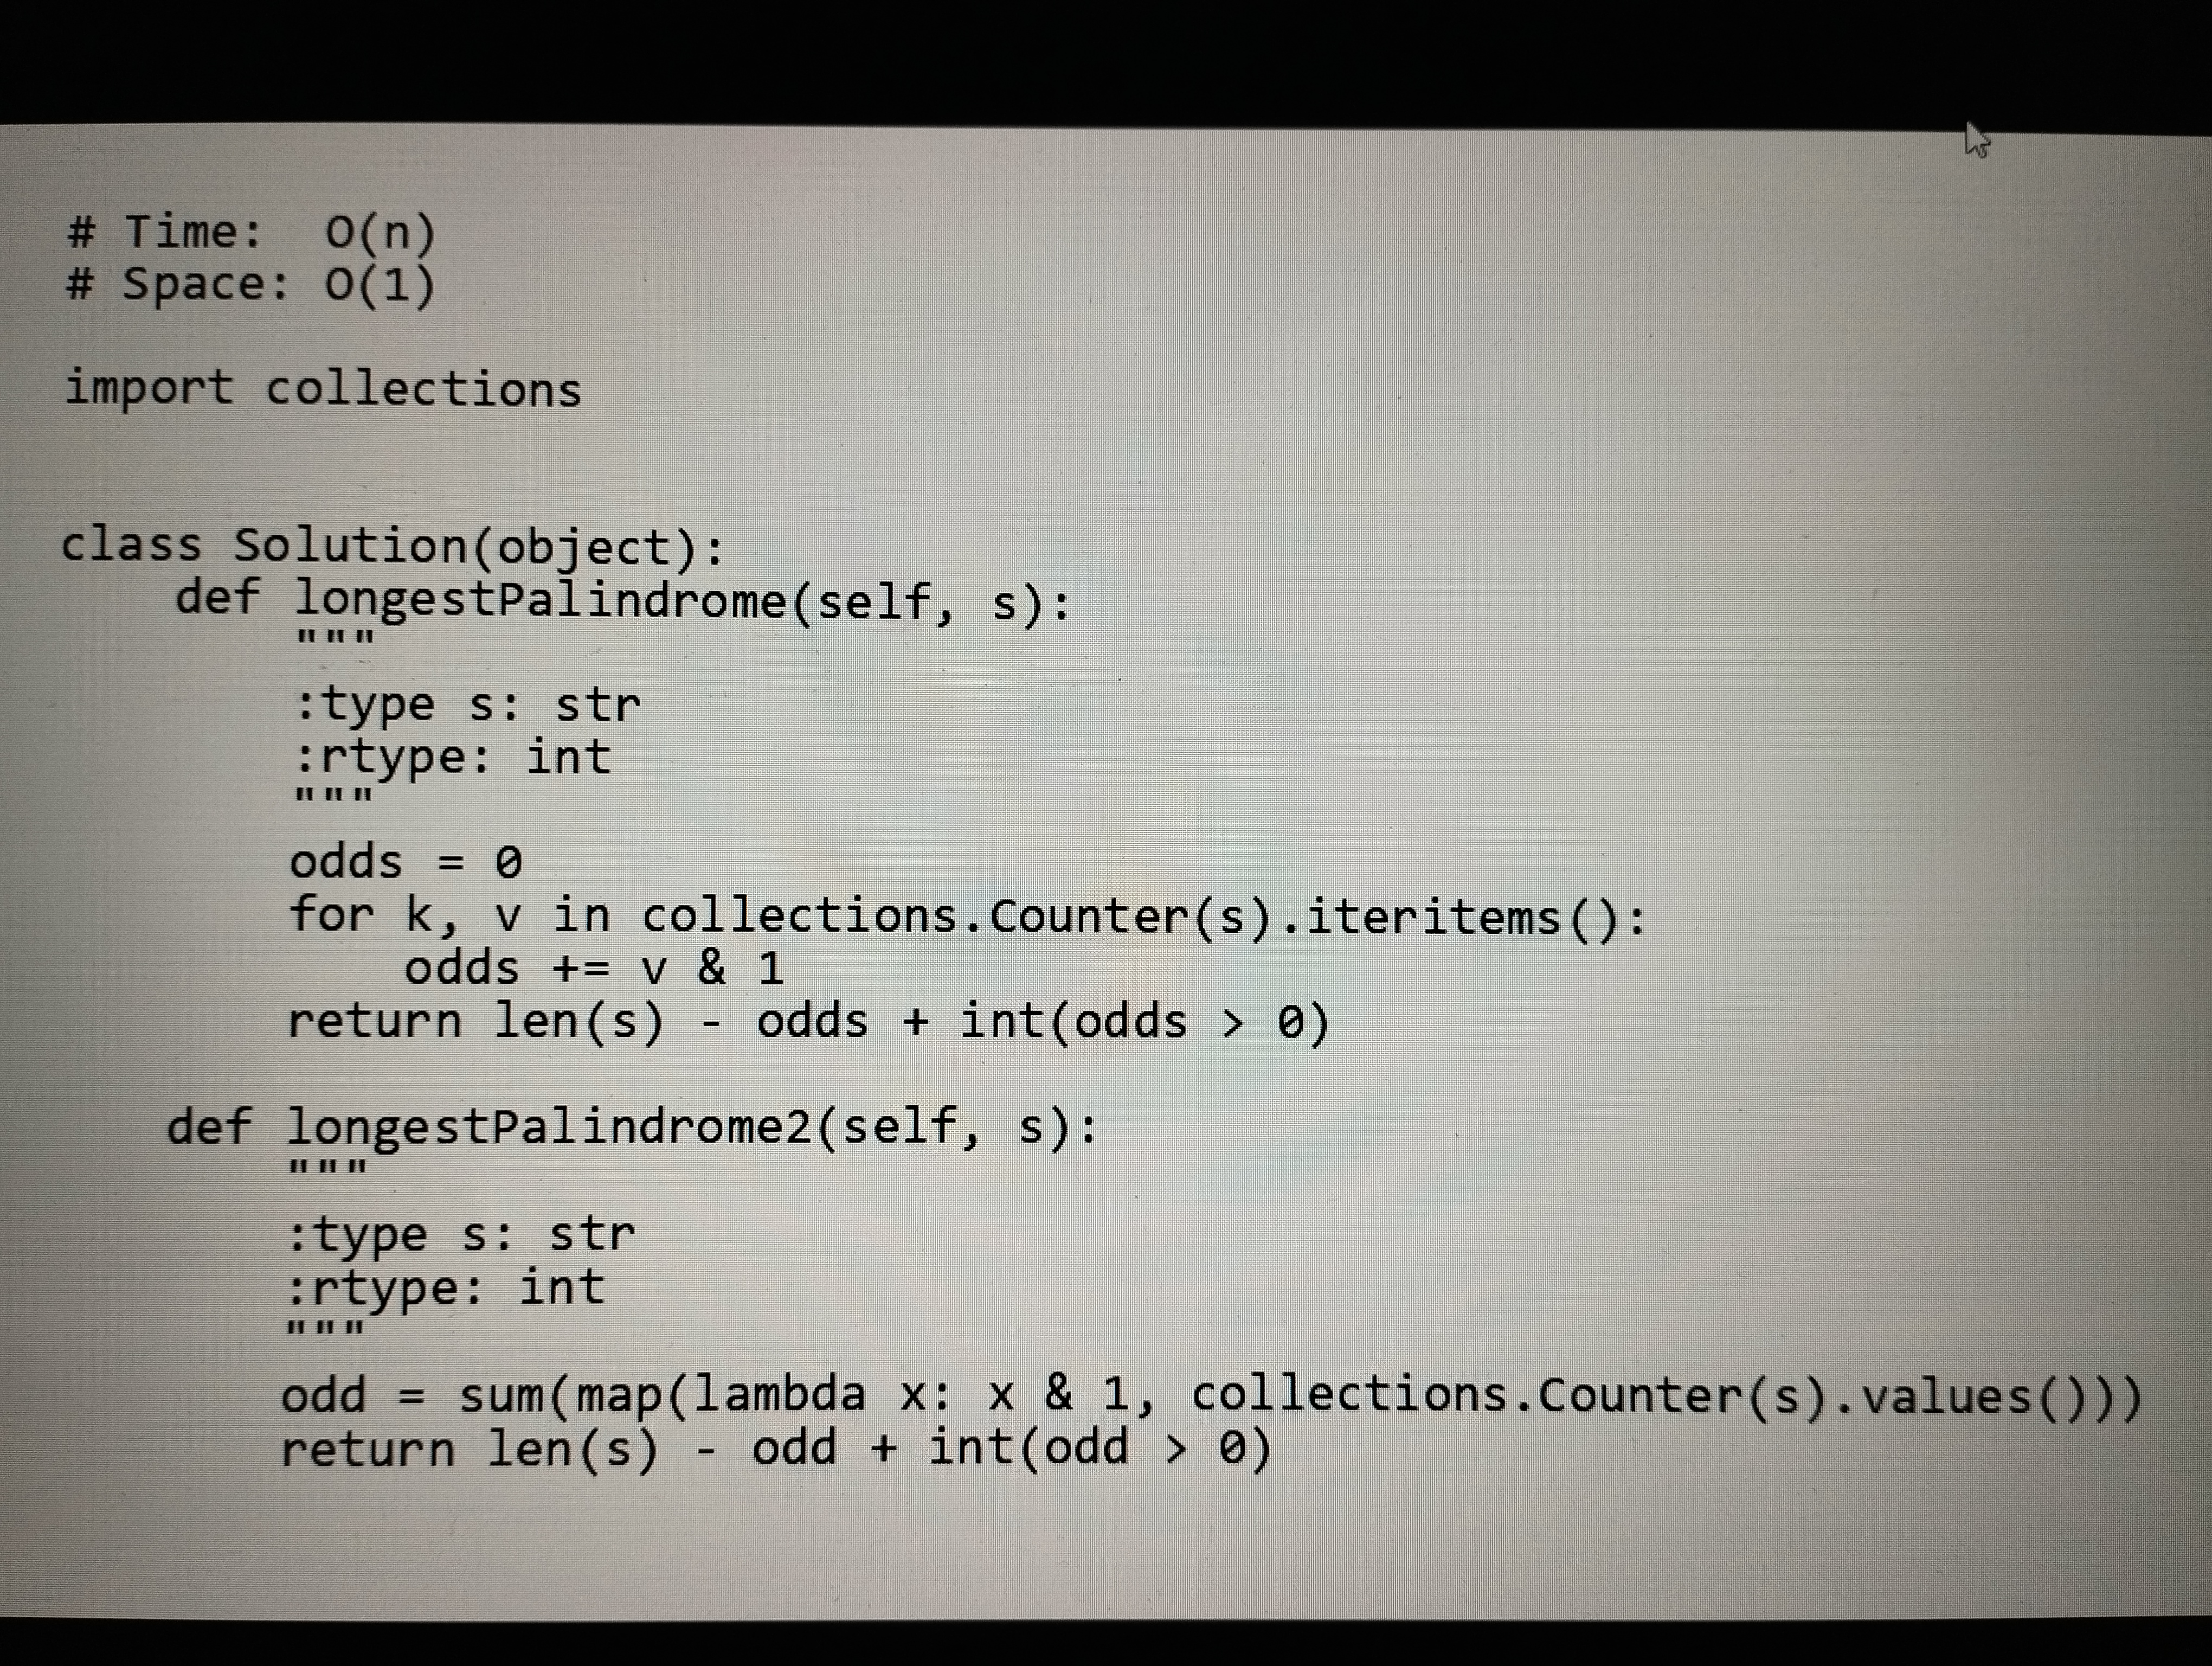
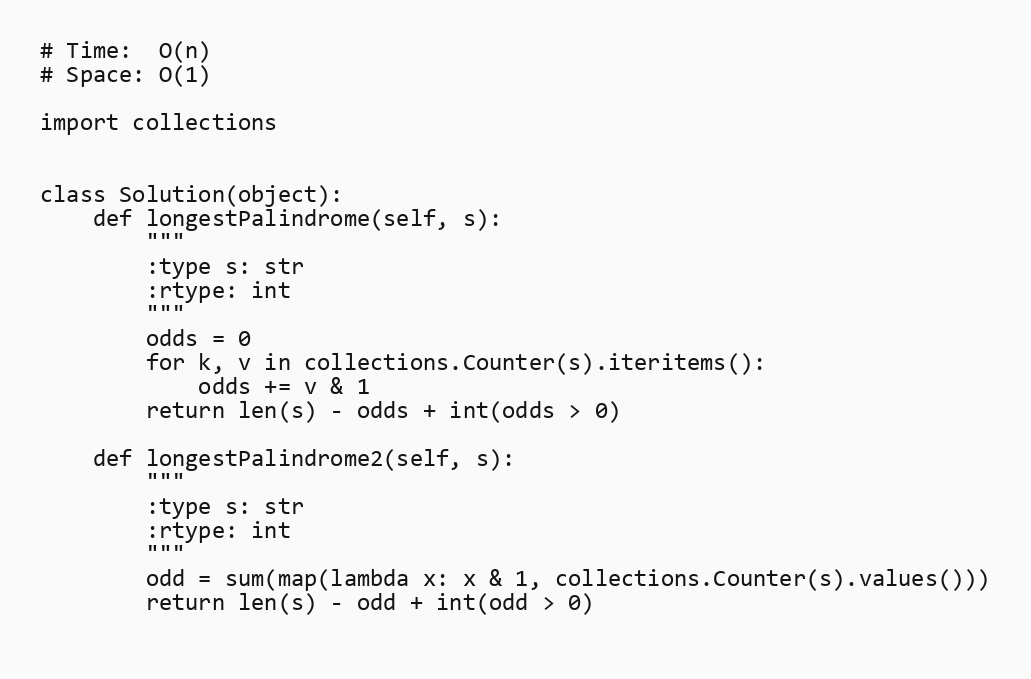
# Time:  O(n)
# Space: O(1)

import collections

class Solution(object):
    def longestPalindrome(self, s):
        """
        :type s: str
        :rtype: int
        """
        odds = 0
        for k, v in collections.Counter(s).iteritems():
            odds += v & 1
        return len(s) - odds + int(odds > 0)

    def longestPalindrome2(self, s):
        """
        :type s: str
        :rtype: int
        """
        odd = sum(map(lambda x: x & 1, collections.Counter(s).values()))
        return len(s) - odd + int(odd > 0)